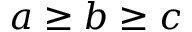
a \geq b \geq c